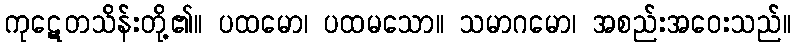
ကုဋေတသိန်းတို့၏။ ပထမော၊ ပထမသော။ သမာဂမော၊ အစည်းအဝေးသည်။